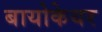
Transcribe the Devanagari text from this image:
बायोकेयर